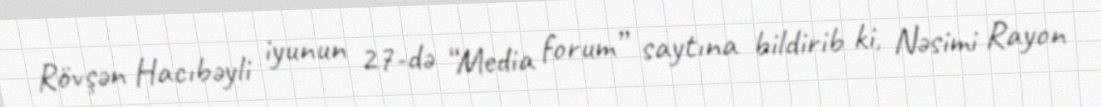
Rövşən Hacıbəyli iyunun 27-də “Media forum” saytına bildirib ki, Nəsimi Rayon